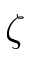
\zeta